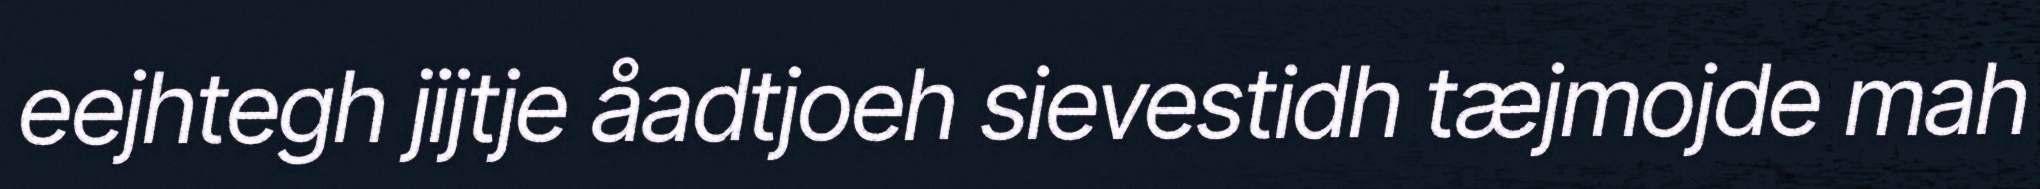
eejhtegh jijtje åadtjoeh sievestidh tæjmojde mah